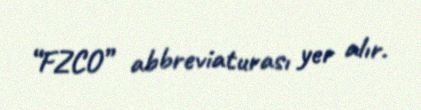
“FZCO” abbreviaturası yer alır.